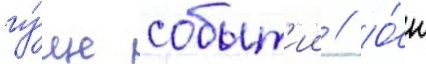
гу́ще событ'ии // О́н